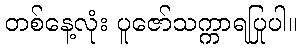
တစ်နေ့လုံး ပူဇော်သက္ကာရပြုပါ။